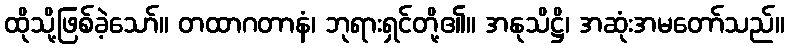
ထိုသို့ဖြစ်ခဲ့သော်။ တထာဂတာနံ၊ ဘုရားရှင်တို့၏။ အနုသိဋ္ဌိ၊ အဆုံးအမတော်သည်။